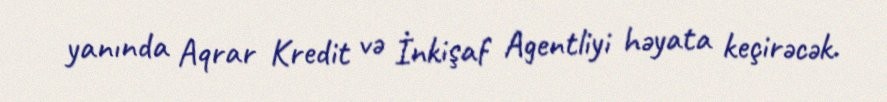
yanında Aqrar Kredit və İnkişaf Agentliyi həyata keçirəcək.